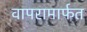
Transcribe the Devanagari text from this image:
वापरामार्फत